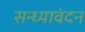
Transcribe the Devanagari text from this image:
सन्ध्यावंदन